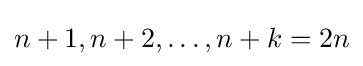
n+1,n+2,\dots ,n+k=2n